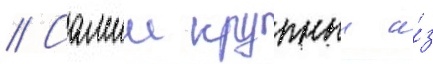
// Самыи крупныи и́з